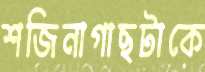
শজিনাগাছটাকে